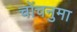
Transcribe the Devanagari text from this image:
चोंचनुमा